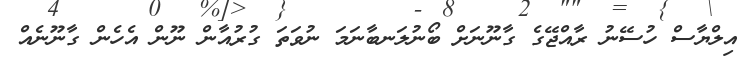
އިިލްޔާސް ހުސޭނު ރާއްޖޭގެ ގާނޫނަށް ބޯނުލަނބާނަމަ ނުވަތަ ގުރުއާން ނޫން އެހެން ގާނޫނެއް